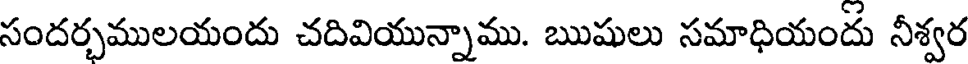
సందర్చములయందు చదివియున్నాము. ఋషులు సమాధియందు నీశ్వర